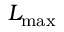
L _ { \mathrm { m a x } }